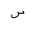
Letter: _sin